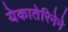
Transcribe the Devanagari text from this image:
येकातेरिनेने